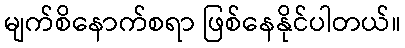
မျက်စိနောက်စရာ ဖြစ်နေနိုင်ပါတယ်။